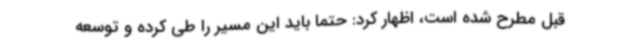
قبل مطرح شده است، اظهار کرد: حتما باید این مسیر را طی کرده و توسعه